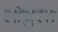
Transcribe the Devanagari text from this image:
लोचुस्त